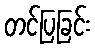
တင်ပြခြင်း